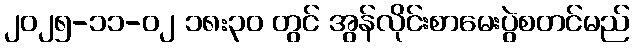
၂၀၂၅-၁၁-၀၂ ၁၈:၃၀ တွင် အွန်လိုင်းစာမေးပွဲစတင်မည်